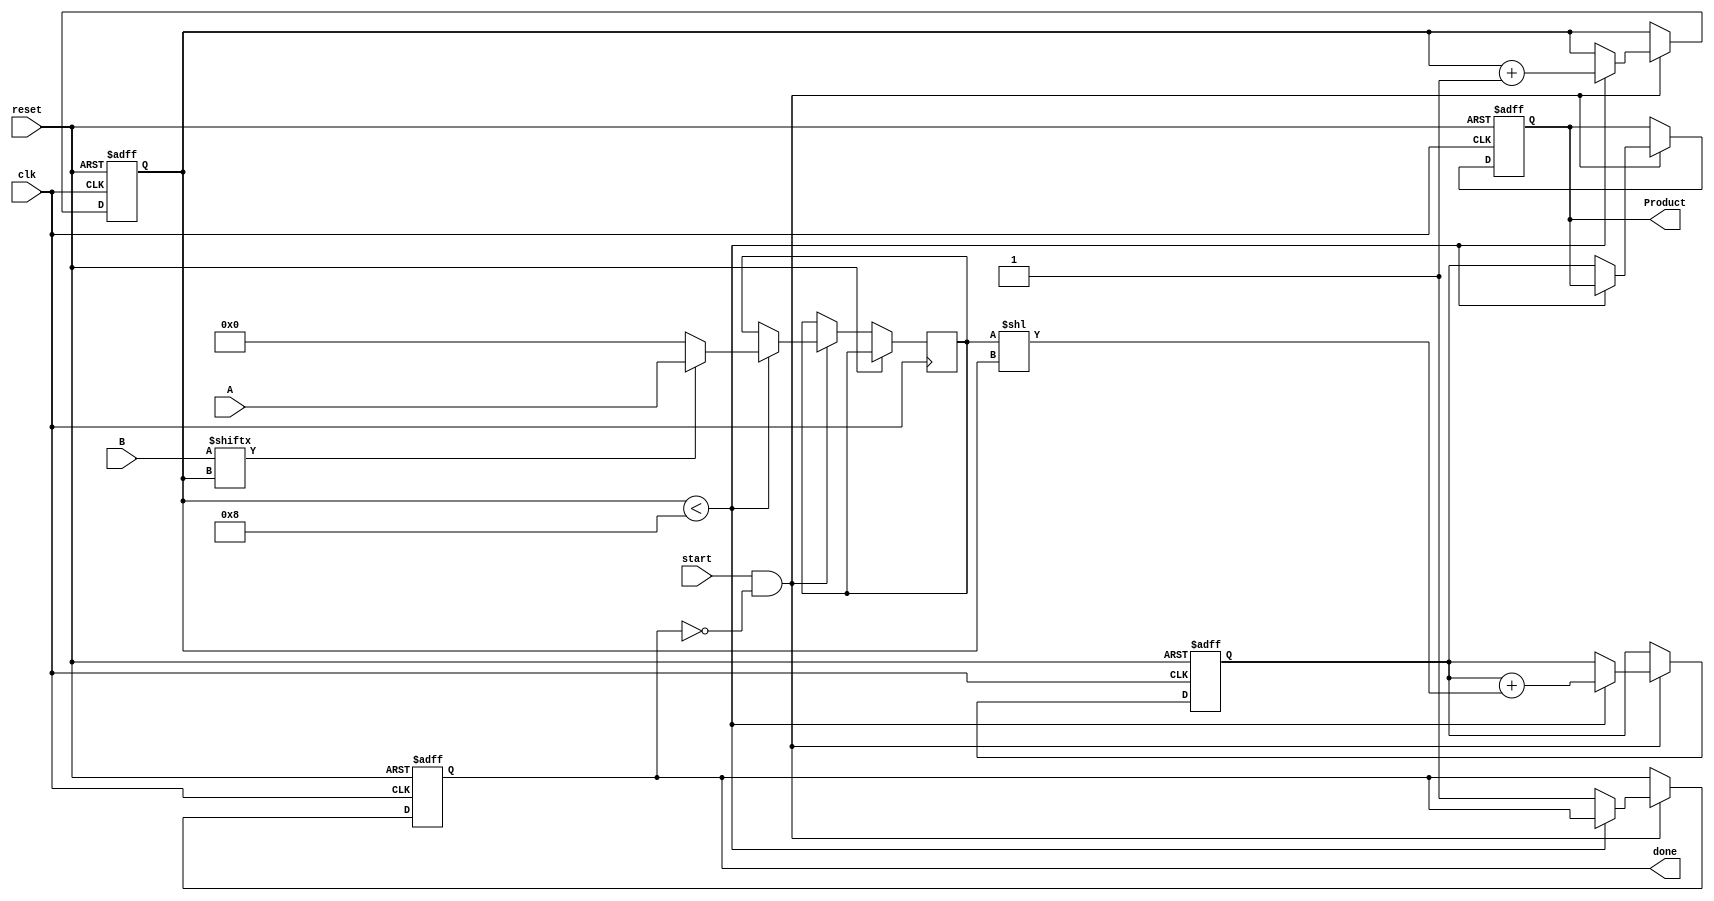
module PartialProductAccumulator #(
    parameter N = 8, // Bit-width for multiplicand
    parameter M = 8  // Bit-width for multiplier
)(
    input [N-1:0] A,         // Multiplicand
    input [M-1:0] B,         // Multiplier
    input clk,               // Clock signal
    input reset,             // Asynchronous reset
    input start,             // Start signal
    output reg [N+M-1:0] Product, // Final product output
    output reg done          // Done signal
);

    reg [N+M-1:0] accumulator; // Accumulator for partial products
    reg [3:0] count;           // Counter for iterations
    reg [N-1:0] partial_product; // Current partial product

    // Reset or initialize the accumulator and output
    always @(posedge clk or posedge reset) begin
        if (reset) begin
            Product <= 0;
            accumulator <= 0;
            count <= 0;
            done <= 0;
        end else begin
            if (start && !done) begin
                if (count < M) begin
                    // Generate the partial product
                    partial_product <= (B[count] ? A : 0);
                    // Add the partial product shifted left by count
                    accumulator <= accumulator + (partial_product << count);
                    count <= count + 1; // Increment the count
                end else begin
                    // Completion of multiplication
                    Product <= accumulator; // Store the final product
                    done <= 1;              // Set done signal
                end
            end
        end
    end

endmodule